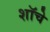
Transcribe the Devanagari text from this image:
शॉचे